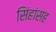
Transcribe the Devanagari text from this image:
सिंहांसह